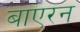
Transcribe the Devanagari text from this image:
बाएरन